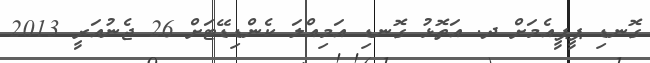
ގޮނޑި ޕީޕީއެމަށް ދ. އަތޮޅު ގޮނޑި އަމިއްލަ ކެންޑިޑޭޓަށް 26 ޖެނުއަރީ 2013